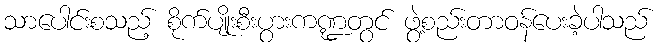
သာပေါင်းစသည့် စိုက်ပျိုးစီးပွားကဏ္ဍတွင် ဖွဲ့စည်းတာဝန်ပေးခဲ့ပါသည်